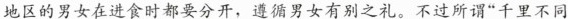
地区的男女在进食时都要分开，遵循男女有别之礼。不过所谓”千里不同